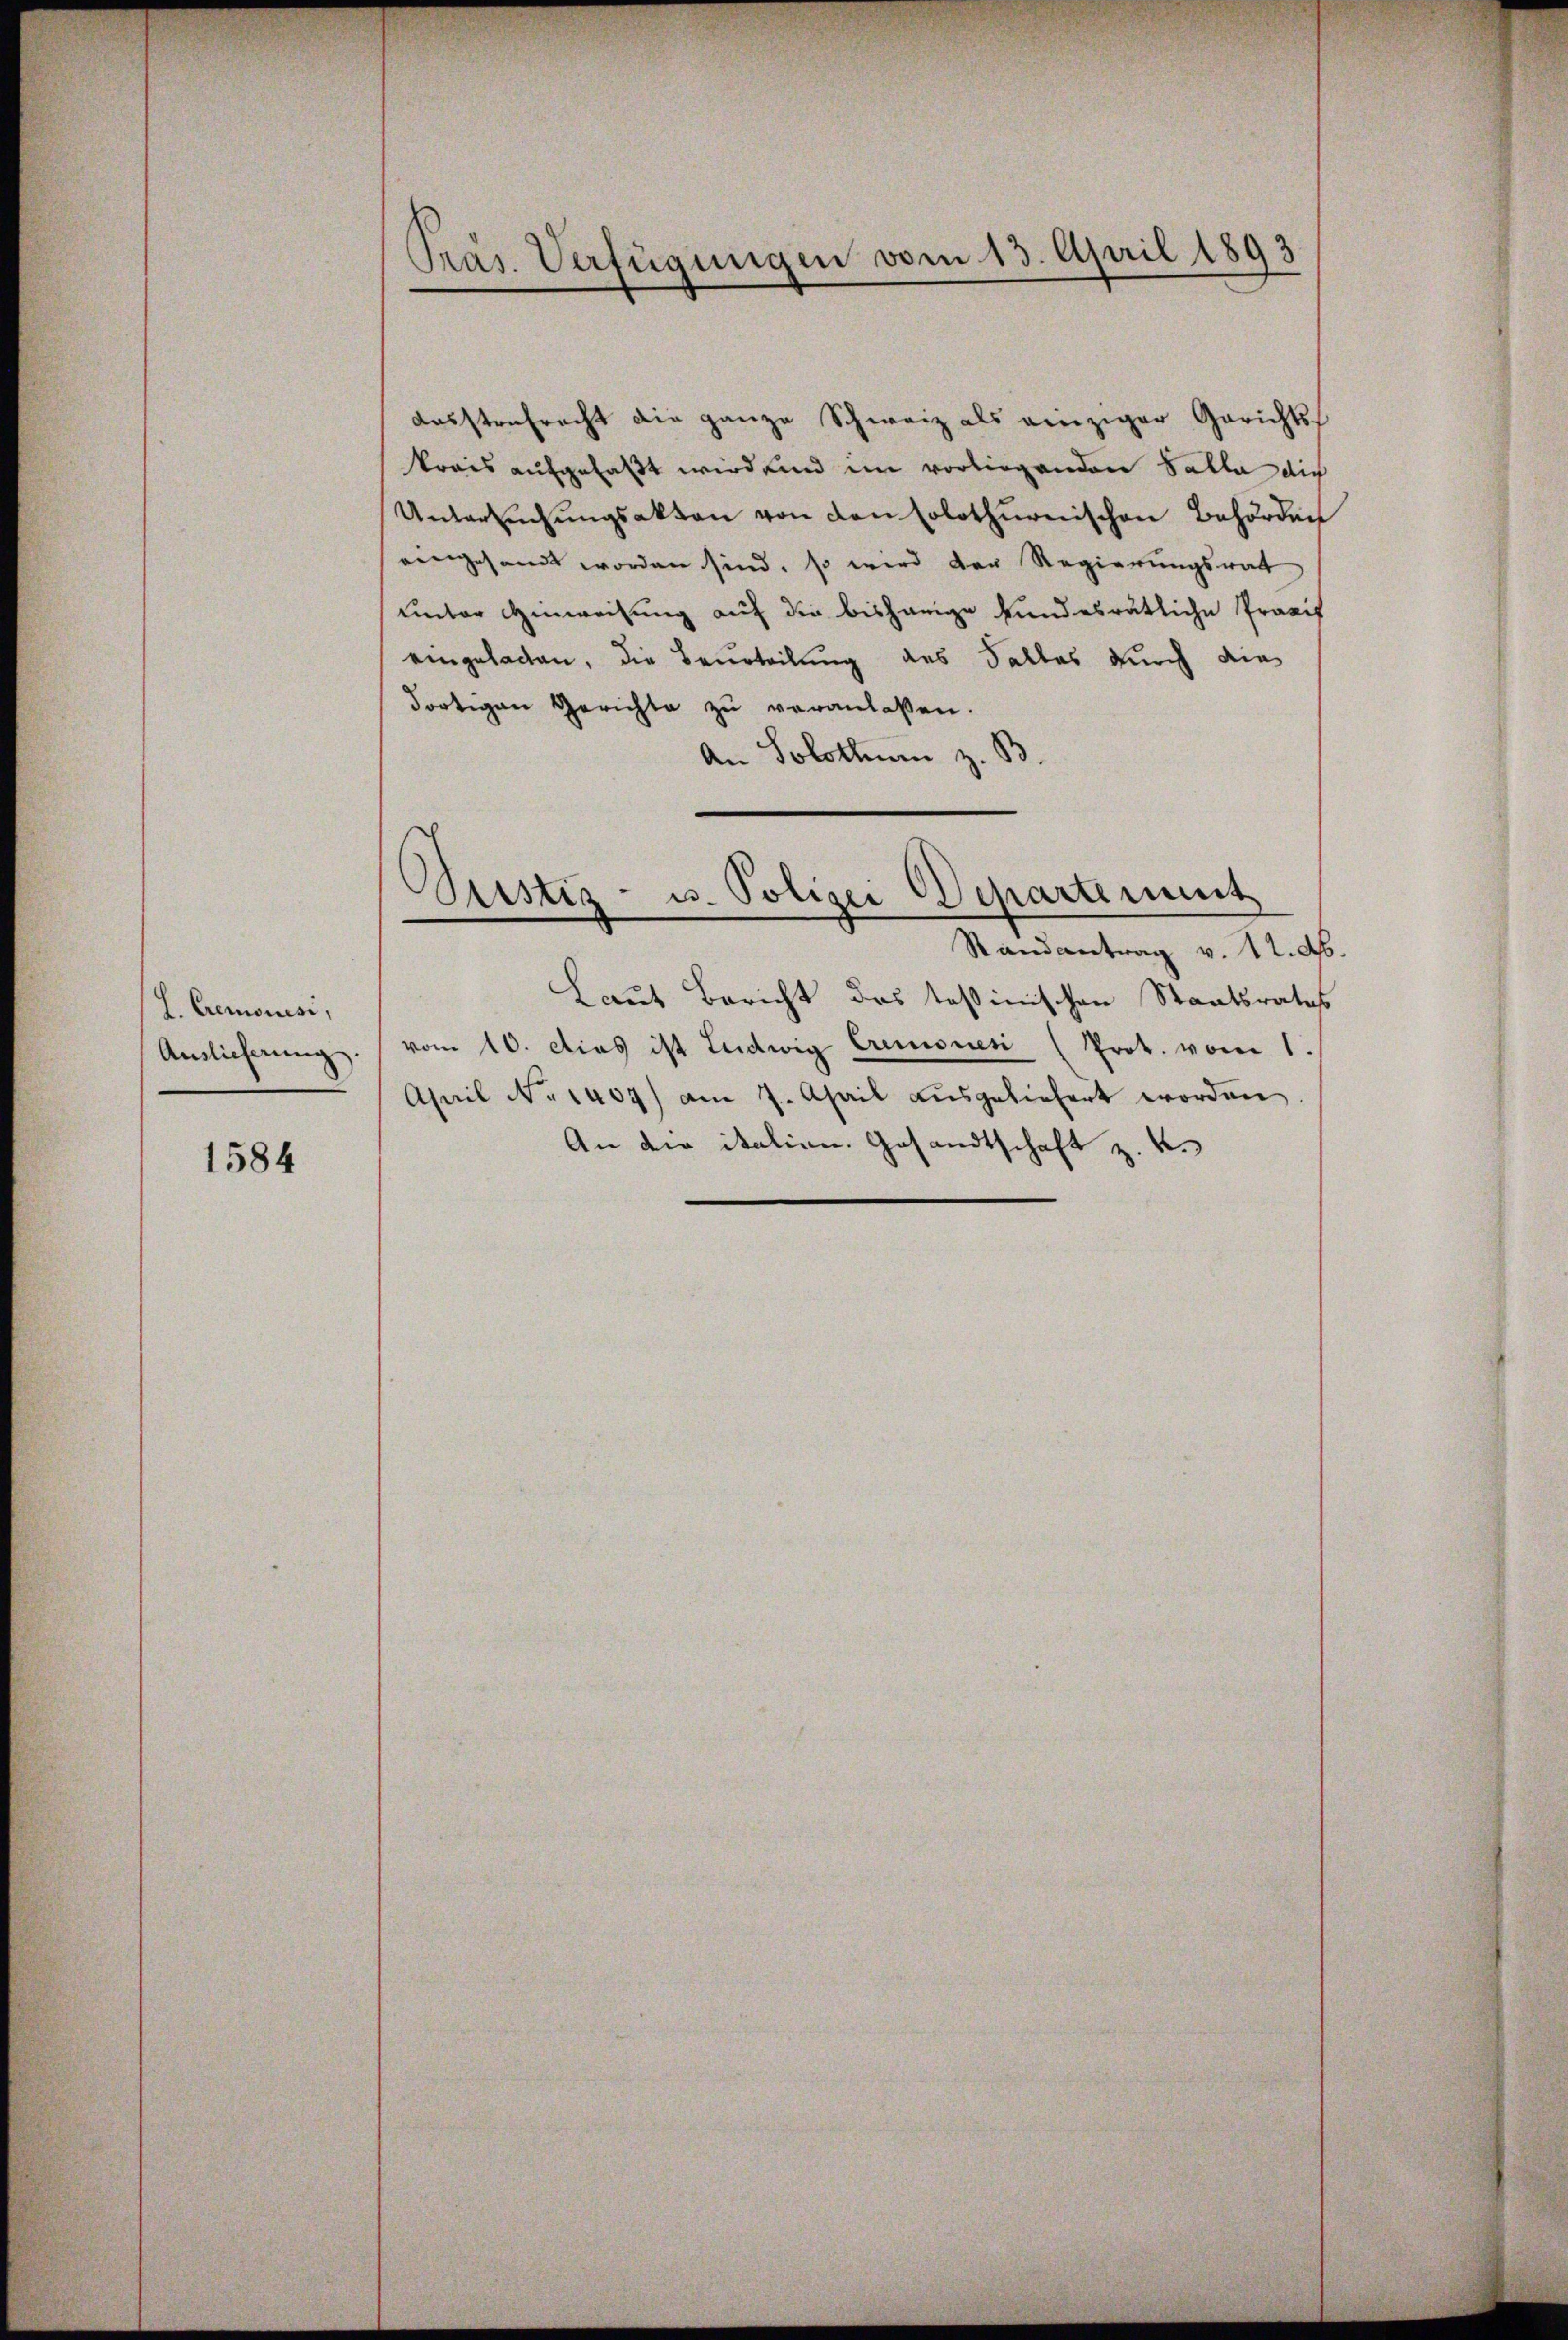
L. Cremonisi,
Auslieferung.

1584

Pras. Verfügungen vom 13. April 1893.

desstrafracht die ganze Schweiz als einziger Gerichtskrais aufgefaßt wird unnd im vorliegenden Salla die
Untersŭchŭngsakten von den solothurnischen Behörden
eingesandt worden sind, so wird der Regierungsrat
unter Hinweisung auf die bisherige kundesrätliche Praxis
eingebachen, die Beurteilung des Falles durch die
dortigen Gerichte zŭ veranlaßen.
An Solothurn z. B

Justiz- u. Polizei Departement
Randantrag v. 12. A.

Laut Bericht des Teßinischen Staatsrates
vom 10. dies ist Ludwig Cremonen (Prot. vom 1
April No 1409) am 7. April ausgeliefert worden
An die italien. Gesandtschaft z. 4.